King Institute of Preventive Medicine Micro-Biological Section reports 1909-11
Year: 1909
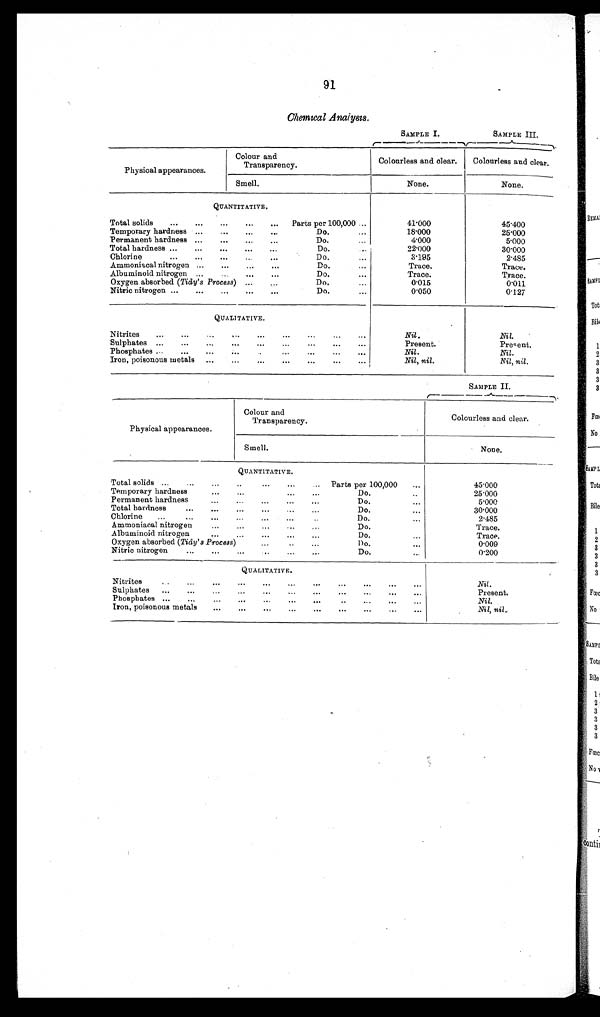
91
Chemical Analysis.
SAMPLE I.
SAMPLE III.
Physical appearances.
Colour and
Transparency.
Colourless and clear.
Colourless and clear.
Smell.
None.
None.
QUANTITATIVE.
Total solids . . .
Parts per 100,000 . . .
41.000
45.400
Temporary hardness . . .
Do. . . .. . . .
18.000
25.000
Permanent hardness. . .
Do. . . . . .
.4.000
5.000
Total hardness . . .
Do. . . .
22.000
30.000
Chlorine . . .
Do. . . . . .
3.195
2.485
Ammoniacal nitrogen . . .
D o . . . . D o . . . . T r
T r a c e .
Trace.
Albuminoid nitrogen. . . .
Do. . . . . . .
Trace..
Trace.
Oxygen absorbed (Tidy's Process) . . .
Do. . . .
0.015
0.011
Nitric nitrogen . . .
Do. . . .
0 . 0 5 0
0.127
QUALITATIVE.
Nitrites . . .
Nil.
Nil.
Sulphates . . .
Present.
Present.
Phosphates . . .
Nil.
Nil.
Iron, poisonous metals
. . .
Nil, nil.
Nil, nil.
SAMPLE II.
Physical appearances.
Colour and
Transparency.
Colourless and clear.
Smell.
None.
QUANTITATIVE.
Total solids . . .
Parts per 100,000 . . .
45.000
Temporary hardness . . .
Do. . . .
25.000
Permanent hardness . . .
Do. . . .
5.000
Total hardness . . .
D o . . . . . . .
3 0 . 0 0 0
Chlorine
. . .
Do. . . .
2.485
Ammoniacal nitrogen . . ..
Do.
Trace.
Albuminoid nitrogen . . .
Do. . . . . . .
Trace.
O x y g e n a b s o r b e d
( T i d y ' s P r o c e s s
Do. . . .. . .
0.009
Nitric nitrogen . . .
D o . . . .
0.200
QUALITATIVE.
,
Nitrites
. . . . N i l
Present.
Phosphates. . . .
Nil.
...
Iron, poisonous metals
Nil, nil.